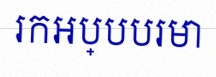
រកអប្បបរមា